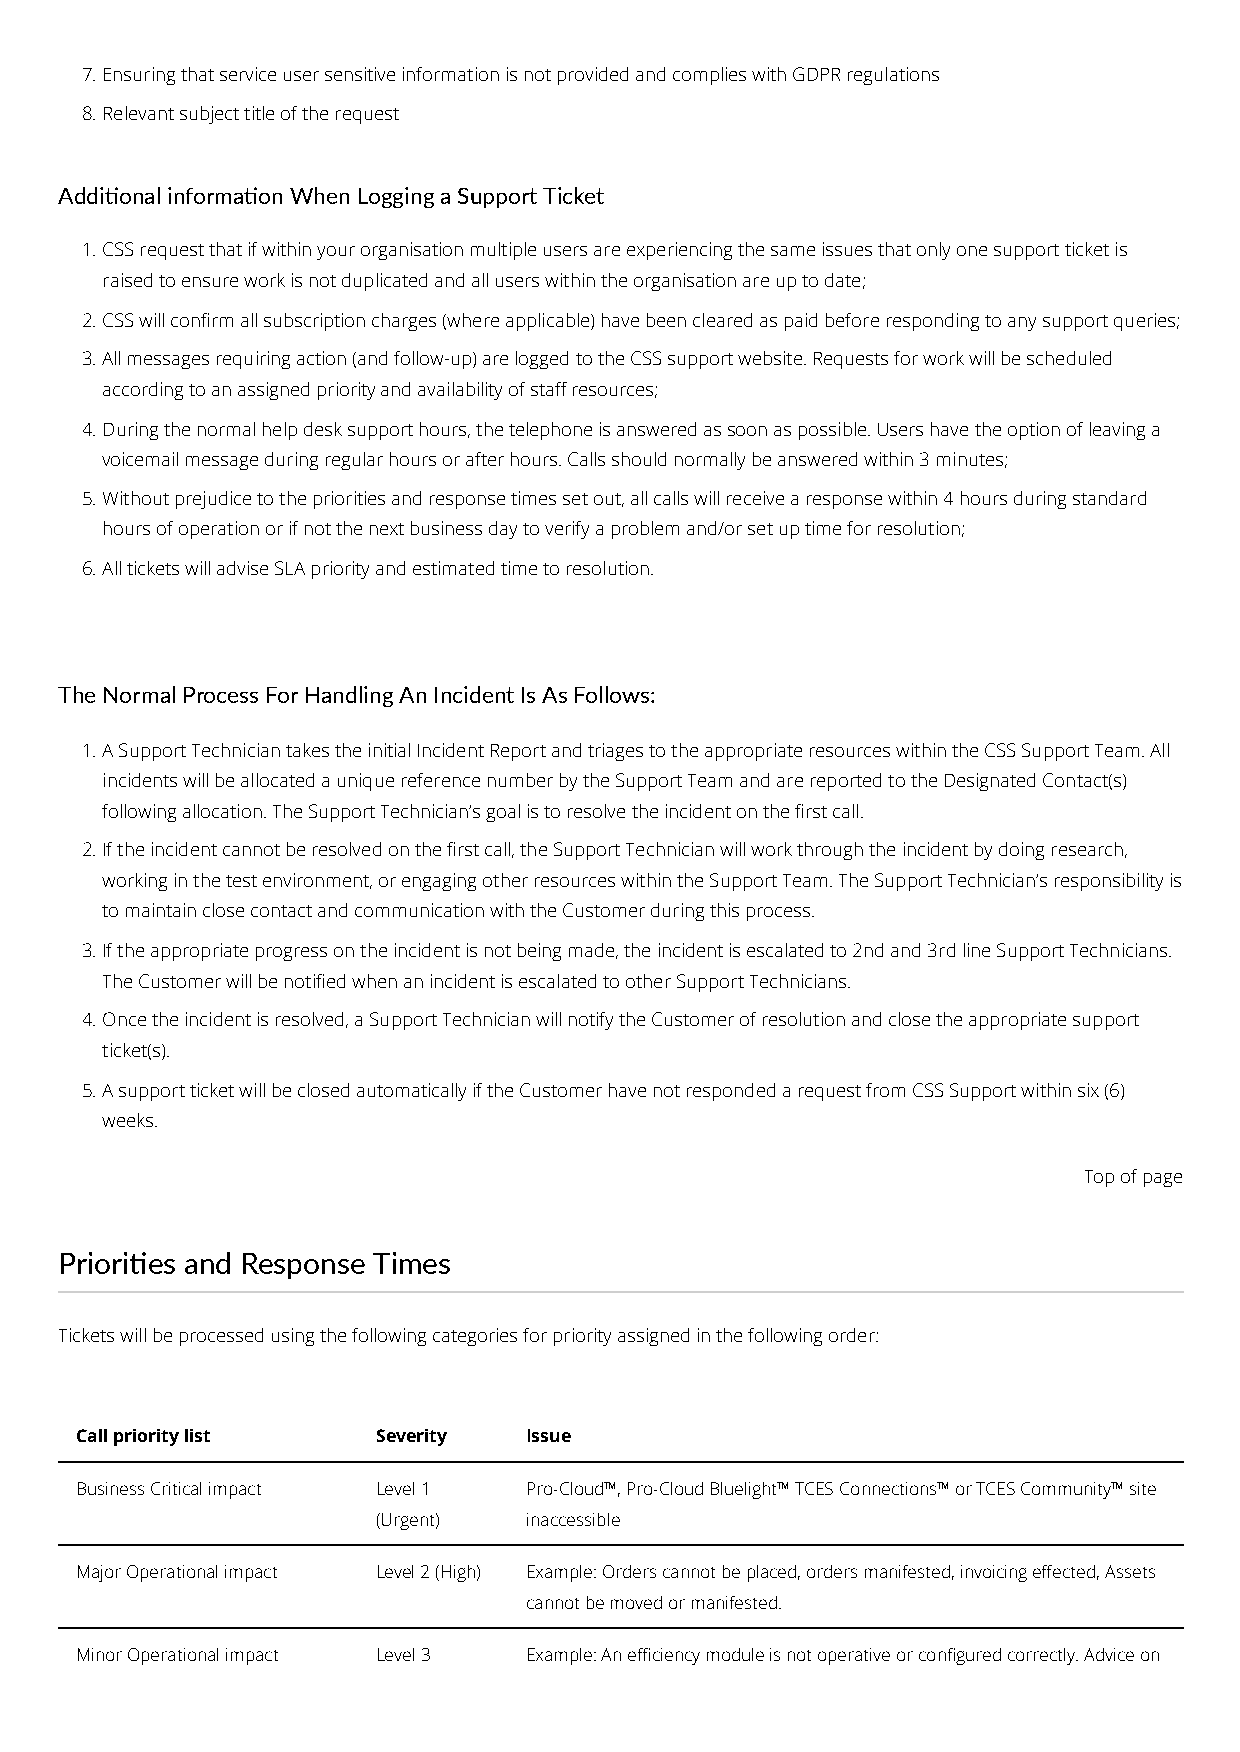
7. Ensuring that service user sensitive information is not provided and complies with GDPR regulations
 8. Relevant subject title of the request
 Addional informaon When Logging a Support Ticket
 1. CSS request that if within your organisation multiple users are experiencing the same issues that only one support ticket is
 raised to ensure work is not duplicated and all users within the organisation are up to date;
 2. CSS will conrm all subscription charges (where applicable) have been cleared as paid before responding to any support queries;
 3. All messages requiring action (and follow-up) are logged to the CSS support website. Requests for work will be scheduled
 according to an assigned priority and availability of sta resources;
 4. During the normal help desk support hours, the telephone is answered as soon as possible. Users have the option of leaving a
 voicemail message during regular hours or after hours. Calls should normally be answered within 3 minutes;
 5. Without prejudice to the priorities and response times set out, all calls will receive a response within 4 hours during standard
 hours of operation or if not the next business day to verify a problem and/or set up time for resolution;
 6. All tickets will advise SLA priority and estimated time to resolution.
 The Normal Process For Handling An Incident Is As Follows:
 1. A Support Technician takes the initial Incident Report and triages to the appropriate resources within the CSS Support Team. All
 incidents will be allocated a unique reference number by the Support Team and are reported to the Designated Contact(s)
 following allocation. The Support Technician’s goal is to resolve the incident on the rst call.
 2. If the incident cannot be resolved on the rst call, the Support Technician will work through the incident by doing research,
 working in the test environment, or engaging other resources within the Support Team. The Support Technician’s responsibility is
 to maintain close contact and communication with the Customer during this process.
 3. If the appropriate progress on the incident is not being made, the incident is escalated to 2nd and 3rd line Support Technicians.
 The Customer will be notied when an incident is escalated to other Support Technicians.
 4. Once the incident is resolved, a Support Technician will notify the Customer of resolution and close the appropriate support
 ticket(s).
 5. A support ticket will be closed automatically if the Customer have not responded a request from CSS Support within six (6)
 weeks.
 Top of page
 Priories and Response Times
 Tickets will be processed using the following categories for priority assigned in the following order:
 Call priority list  Severity  Issue
 Business Critical impact Level 1 Pro-Cloud™, Pro-Cloud Bluelight™ TCES Connections™ or TCES Community™ site
 (Urgent)  inaccessible
 Major Operational impact Level 2 (High) Example: Orders cannot be placed, orders manifested, invoicing eected, Assets
 cannot be moved or manifested.
 Minor Operational impact Level 3 Example: An eciency module is not operative or congured correctly. Advice on